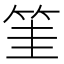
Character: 筀